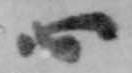
心